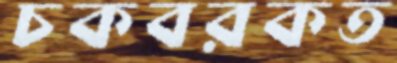
চকবরকত